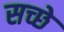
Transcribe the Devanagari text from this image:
सच्छे